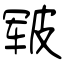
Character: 皲